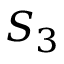
S _ { 3 }